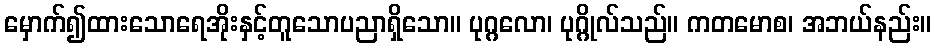
မှောက်၍ထားသောရေအိုးနှင့်တူသောပညာရှိသော။ ပုဂ္ဂလော၊ ပုဂ္ဂိုလ်သည်။ ကတမောစ၊ အဘယ်နည်း။